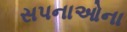
સપનાઓના